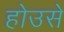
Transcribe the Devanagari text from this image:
होउसे